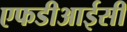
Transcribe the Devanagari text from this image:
एफडीआईसी